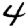
Digit: 4